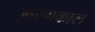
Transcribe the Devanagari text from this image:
मरणकाल